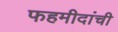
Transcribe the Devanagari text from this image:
फहमीदांची